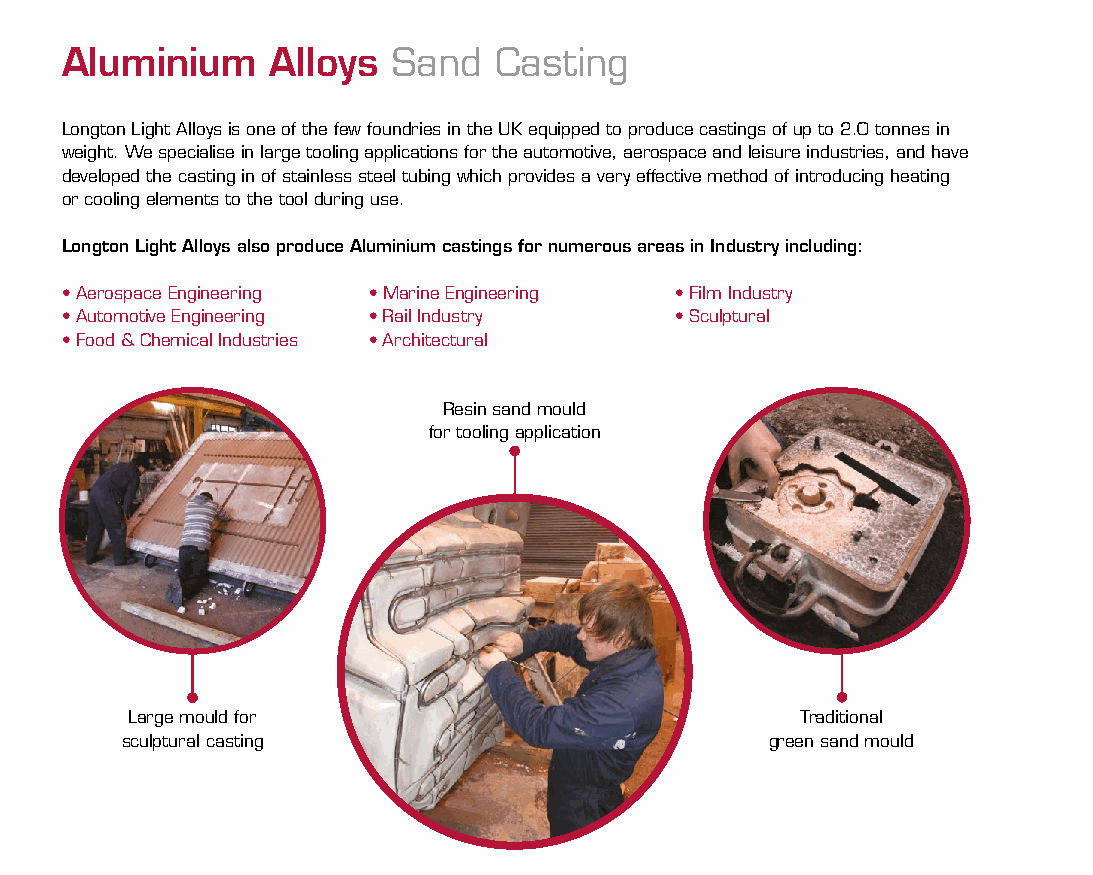
Aluminium     Alloys  Sand   Casting
 Longton Light Alloys is one of the few foundries in the UK equipped to produce castings of up to 2.0 tonnes in
 weight. We specialise in large tooling applications for the automotive, aerospace and leisure industries, and have
 developed the casting in of stainless steel tubing which provides a very effective method of introducing heating
 or cooling elements to the tool during use.
 Longton Light Alloys also produce Aluminium castings for numerous areas in Industry including:
 • Aerospace Engineering • Marine Engineering • Film Industry
 • Automotive Engineering • Rail Industry • Sculptural
 • Food & Chemical Industries • Architectural
 Resin sand mould
 for tooling application
 Large mould for                              Traditional
 sculptural casting                         green sand mould
 yrellaG